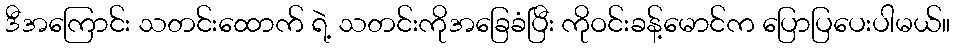
ဒီအကြောင်း သတင်းထောက် ရဲ့ သတင်းကိုအခြေခံပြီး ကိုဝင်းခန့်မောင်က ပြောပြပေးပါမယ်။